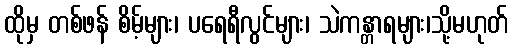
ထိုမှ တစ်ဖန် စိမ့်များ၊ ပရေရီလွင်များ၊ သဲကန္တာရများ၊သို့မဟုတ်